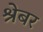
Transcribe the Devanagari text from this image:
श्रेबर